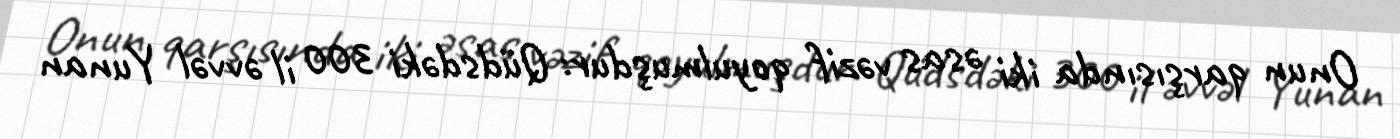
Onun qarşısında iki əsas vəzif qoyulmuşdur: Qüdsdəki 300 il əvvəl Yunan